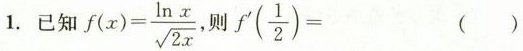
1.已知 $$f ( x ) = \frac { \ln x } { \sqrt { 2 x } }$$ ,则 $$f ^ { \prime } ( \frac { 1 } { 2 } ) =$$ ( )